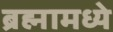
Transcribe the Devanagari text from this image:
ब्रह्मामध्ये